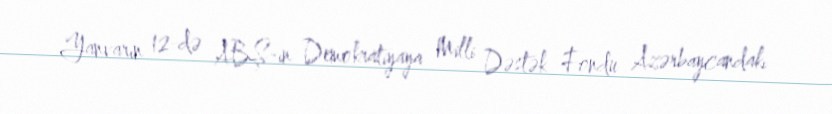
Yanvarın 12-də ABŞ-ın Demokratiyaya Milli Dəstək Fondu Azərbaycandakı